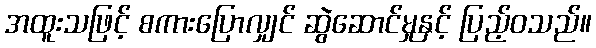
အထူးသဖြင့် စကားပြောလျှင် ဆွဲဆောင်မှုနှင့် ပြည့်ဝသည်။